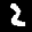
Label: 2